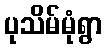
ပုသိမ်မုံရွာ